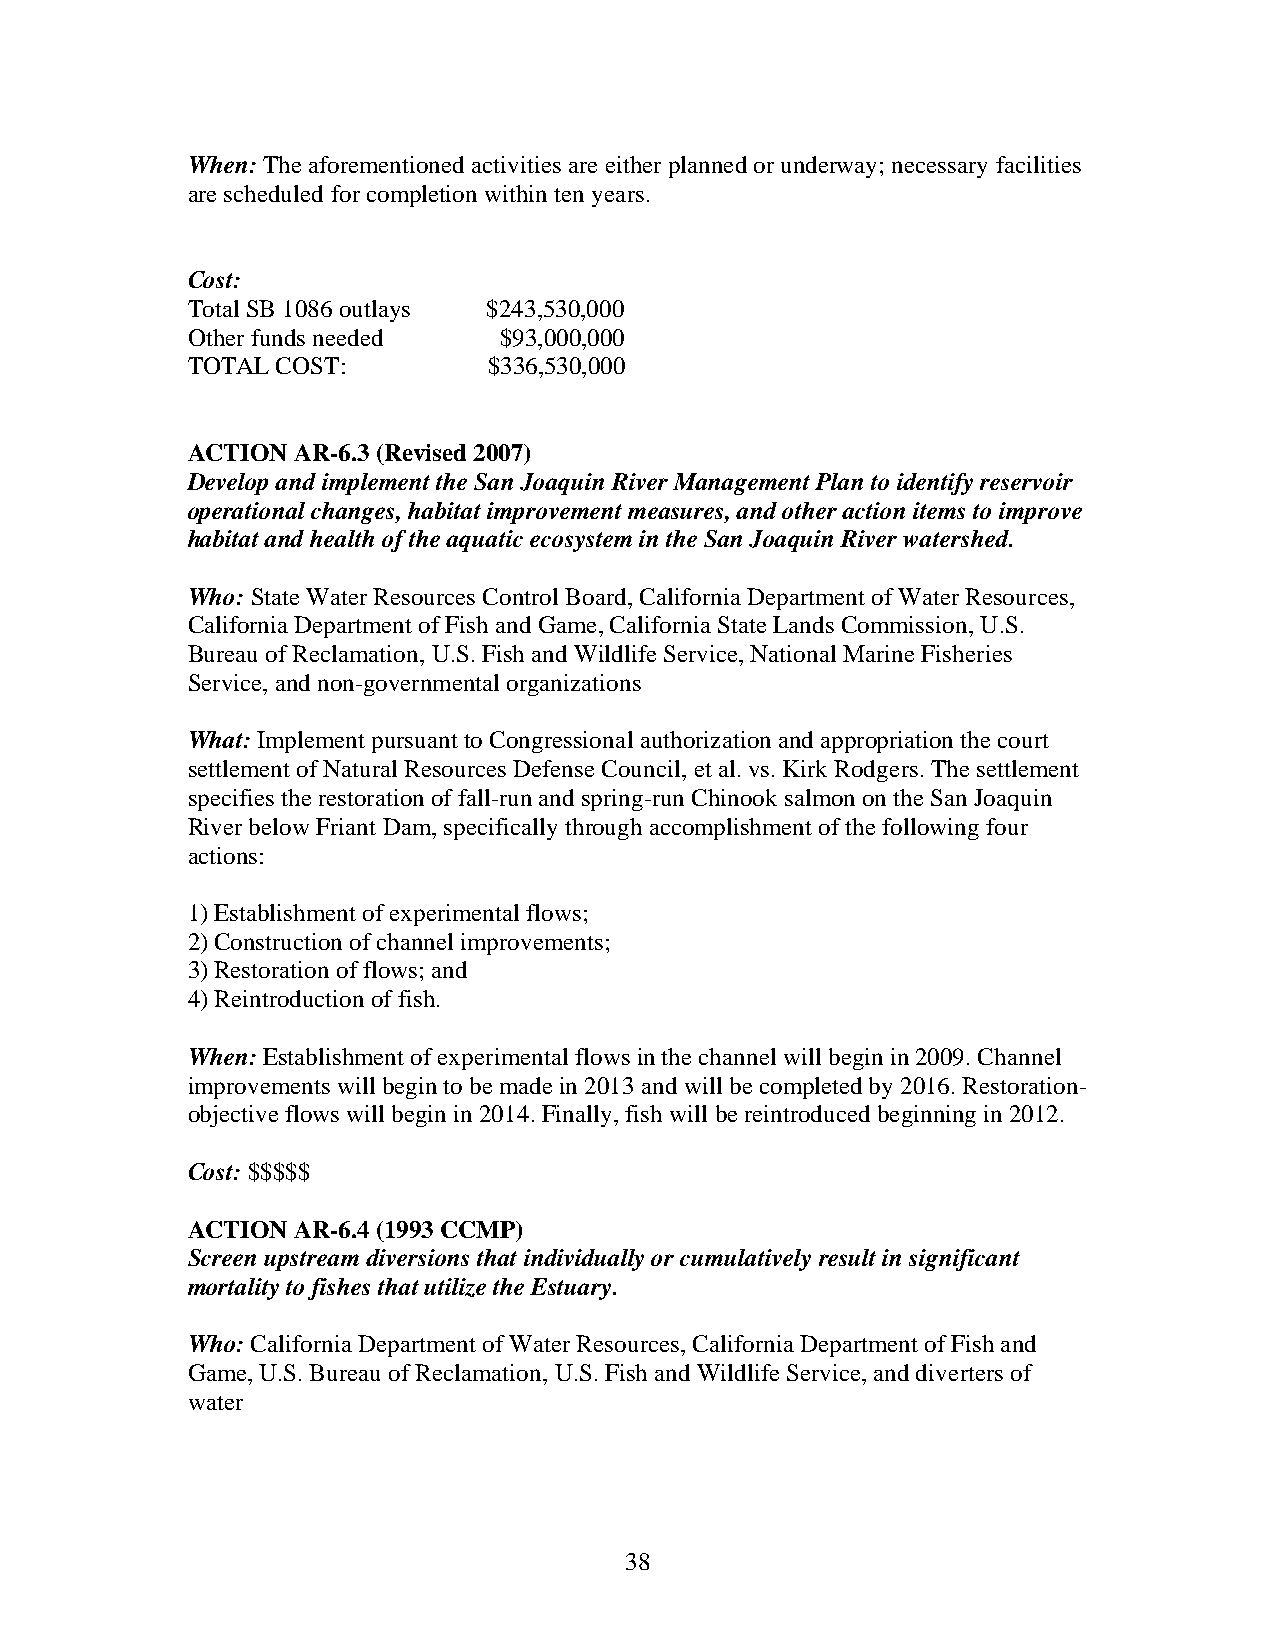
When: The aforementioned activities are either planned or underway; necessary facilities
 are scheduled for completion within ten years.
 Cost:
 Total SB 1086 outlays $243,530,000
 Other funds needed   $93,000,000
 TOTAL COST:         $336,530,000
 ACTION AR-6.3 (Revised 2007)
 Develop and implement the San Joaquin River Management Plan to identify reservoir
 operational changes, habitat improvement measures, and other action items to improve
 habitat and health of the aquatic ecosystem in the San Joaquin River watershed.
 Who: State Water Resources Control Board, California Department of Water Resources,
 California Department of Fish and Game, California State Lands Commission, U.S.
 Bureau of Reclamation, U.S. Fish and Wildlife Service, National Marine Fisheries
 Service, and non-governmental organizations
 What: Implement pursuant to Congressional authorization and appropriation the court
 settlement of Natural Resources Defense Council, et al. vs. Kirk Rodgers. The settlement
 specifies the restoration of fall-run and spring-run Chinook salmon on the San Joaquin
 River below Friant Dam, specifically through accomplishment of the following four
 actions:
 1) Establishment of experimental flows;
 2) Construction of channel improvements;
 3) Restoration of flows; and
 4) Reintroduction of fish.
 When: Establishment of experimental flows in the channel will begin in 2009. Channel
 improvements will begin to be made in 2013 and will be completed by 2016. Restoration-
 objective flows will begin in 2014. Finally, fish will be reintroduced beginning in 2012.
 Cost: $$$$$
 ACTION AR-6.4 (1993 CCMP)
 Screen upstream diversions that individually or cumulatively result in significant
 mortality to fishes that utilize the Estuary.
 Who: California Department of Water Resources, California Department of Fish and
 Game, U.S. Bureau of Reclamation, U.S. Fish and Wildlife Service, and diverters of
 water
 38